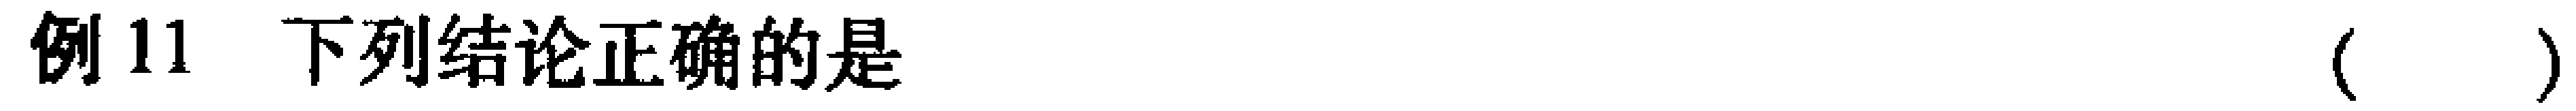
例 11 下列结论正确的是 （  ）